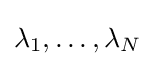
\lambda _{1},\dots ,\lambda _{N}